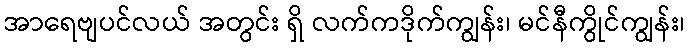
အာရေဗျပင်လယ် အတွင်း ရှိ လက်ကဒိုက်ကျွန်း၊ မင်နီကွိုင်ကျွန်း၊